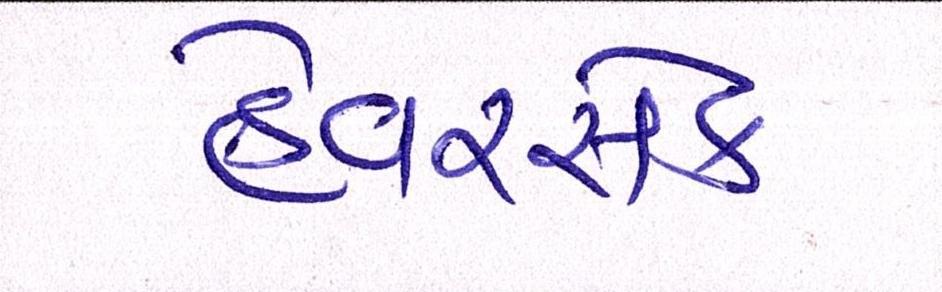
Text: હેવરસેક